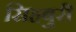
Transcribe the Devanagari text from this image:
सिहबुरी